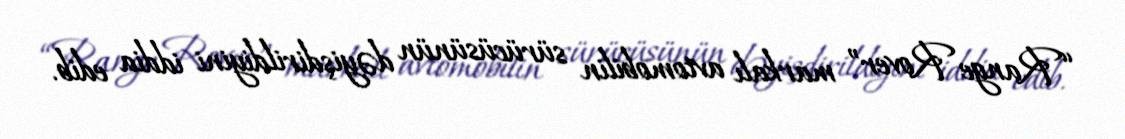
“Range Rover” markalı avtomobilin sürücüsünün dəyişdirildiyini iddia edib.